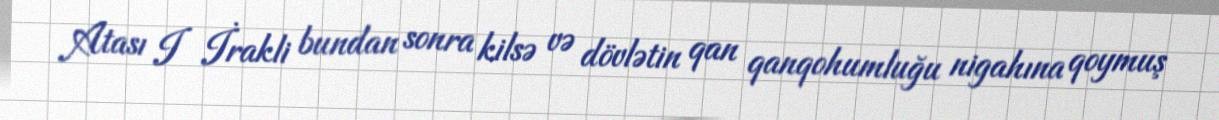
Atası I İrakli bundan sonra kilsə və dövlətin qan qanqohumluğu nigahına qoymuş